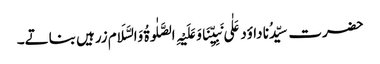
حضرت سیِّدُنا داؤد عَلٰی نَبِیِّنَاوَعَلَیْہِ الصَّلٰوۃُ وَالسَّلَام زرہیں بناتے۔